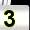
Digit: 3